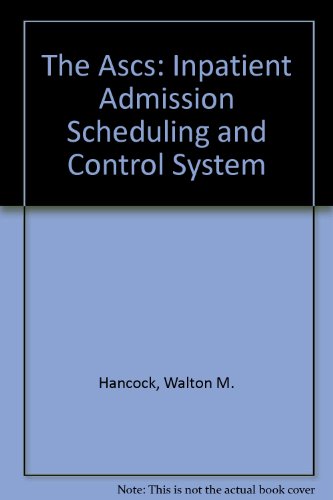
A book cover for The Ascs: Inpatient Admission Scheduling and Control System; Walton M. Hancock; Medical Books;